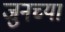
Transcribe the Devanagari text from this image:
जुनच्या